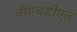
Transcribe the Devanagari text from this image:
वीएचडीएल